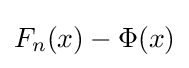
F_{n}(x)-\Phi (x)